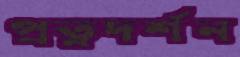
প্রত্নদর্শন